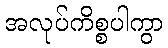
အလုပ်ကိစ္စပါကွာ